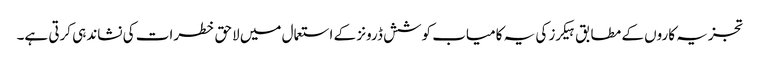
تجزیہ کاروں کے مطابق ہیکرز کی یہ کامیاب کوشش ڈرونز کے استعمال میں لاحق خطرات کی نشاندہی کرتی ہے۔